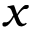
x